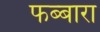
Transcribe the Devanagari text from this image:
फब्बारा